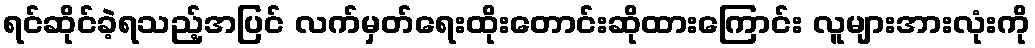
ရင်ဆိုင်ခဲ့ရသည့်အပြင် လက်မှတ်ရေးထိုးတောင်းဆိုထားကြောင်း လူများအားလုံးကို